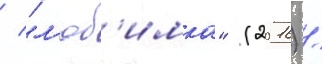
/ "л'юб'имка" (2016) /